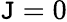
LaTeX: \mathtt{J}=0